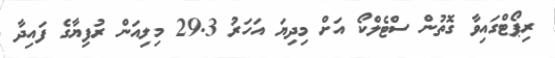
ރިޕޯޓްގައިވާ ގޮތުން ސްޓެލްކޯ އަށް މިދިޔަ އަހަރު 29.3 މިލިއަން ރުފިޔާގެ ފައިދާ